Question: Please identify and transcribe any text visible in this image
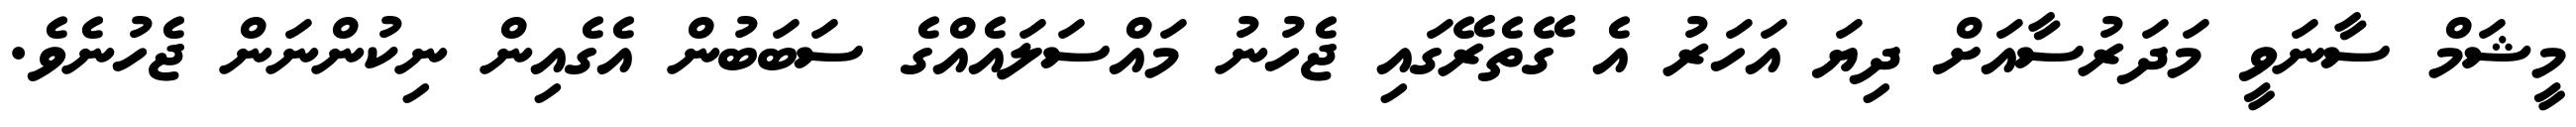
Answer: މީޝަމް ސާނަވީ މަދަރުސާއަށް ދިޔަ އަހަރު އެ ގޭތެރޭގައި ޖެހުނު މައްސަލައެއްގެ ސަބަބުން އެގެއިން ނިކުންނަން ޖެހުނެވެ.